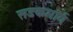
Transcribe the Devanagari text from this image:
सडकमार्ग